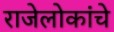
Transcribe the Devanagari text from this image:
राजेलोकांचे